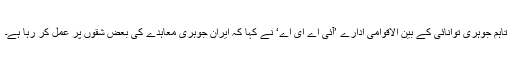
تاہم جوہری توانائی کے بین الاقوامی ادارے ’آئی اے ای اے‘ نے کہا کہ ایران جوہری معاہدے کی بعض شقوں پر عمل کر رہا ہے۔